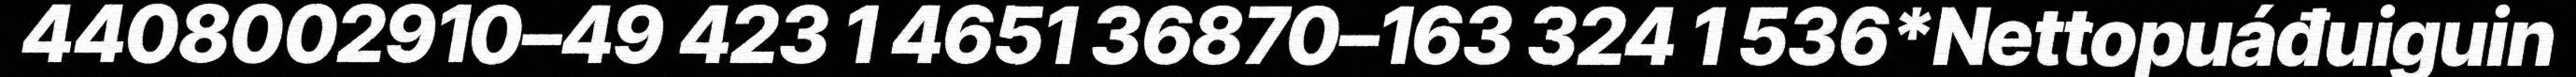
4408002910–49 423 1 4651 36870–163 324 1 536*Nettopuáđuiguin